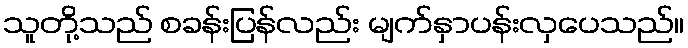
သူတို့သည် စခန်းပြန်လည်း မျက်နှာပန်းလှပေသည်။